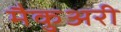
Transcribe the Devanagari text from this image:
मैकुअरी